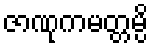
ဇာဏုကမတ္တမ္ပိ